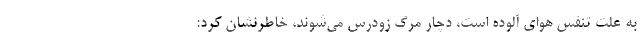
به علت تنفس هوای آلوده است، دچار مرگ زودرس می‌شوند، خاطرنشان کرد: